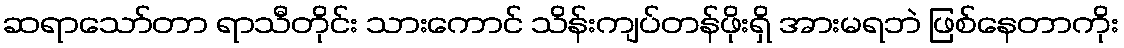
ဆရာသော်တာ ရာသီတိုင်း သားကောင် သိန်းကျပ်တန်ဖိုးရှိ အားမရဘဲ ဖြစ်နေတာကိုး